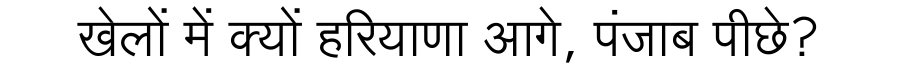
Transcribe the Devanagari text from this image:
खेलों में क्यों हरियाणा आगे, पंजाब पीछे?